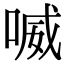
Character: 喴